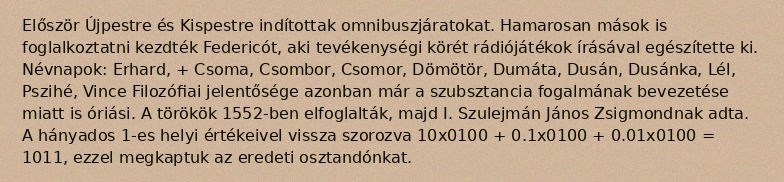
Először Újpestre és Kispestre indítottak omnibuszjáratokat. Hamarosan mások is foglalkoztatni kezdték Federicót, aki tevékenységi körét rádiójátékok írásával egészítette ki. Névnapok: Erhard, + Csoma, Csombor, Csomor, Dömötör, Dumáta, Dusán, Dusánka, Lél, Pszihé, Vince Filozófiai jelentősége azonban már a szubsztancia fogalmának bevezetése miatt is óriási. A törökök 1552-ben elfoglalták, majd I. Szulejmán János Zsigmondnak adta. A hányados 1-es helyi értékeivel vissza szorozva 10x0100 + 0.1x0100 + 0.01x0100 = 1011, ezzel megkaptuk az eredeti osztandónkat.